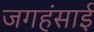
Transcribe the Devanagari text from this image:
जगहंसाई